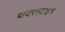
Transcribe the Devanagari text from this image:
बायरस्टाइन